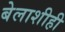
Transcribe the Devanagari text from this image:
बेलाशीही